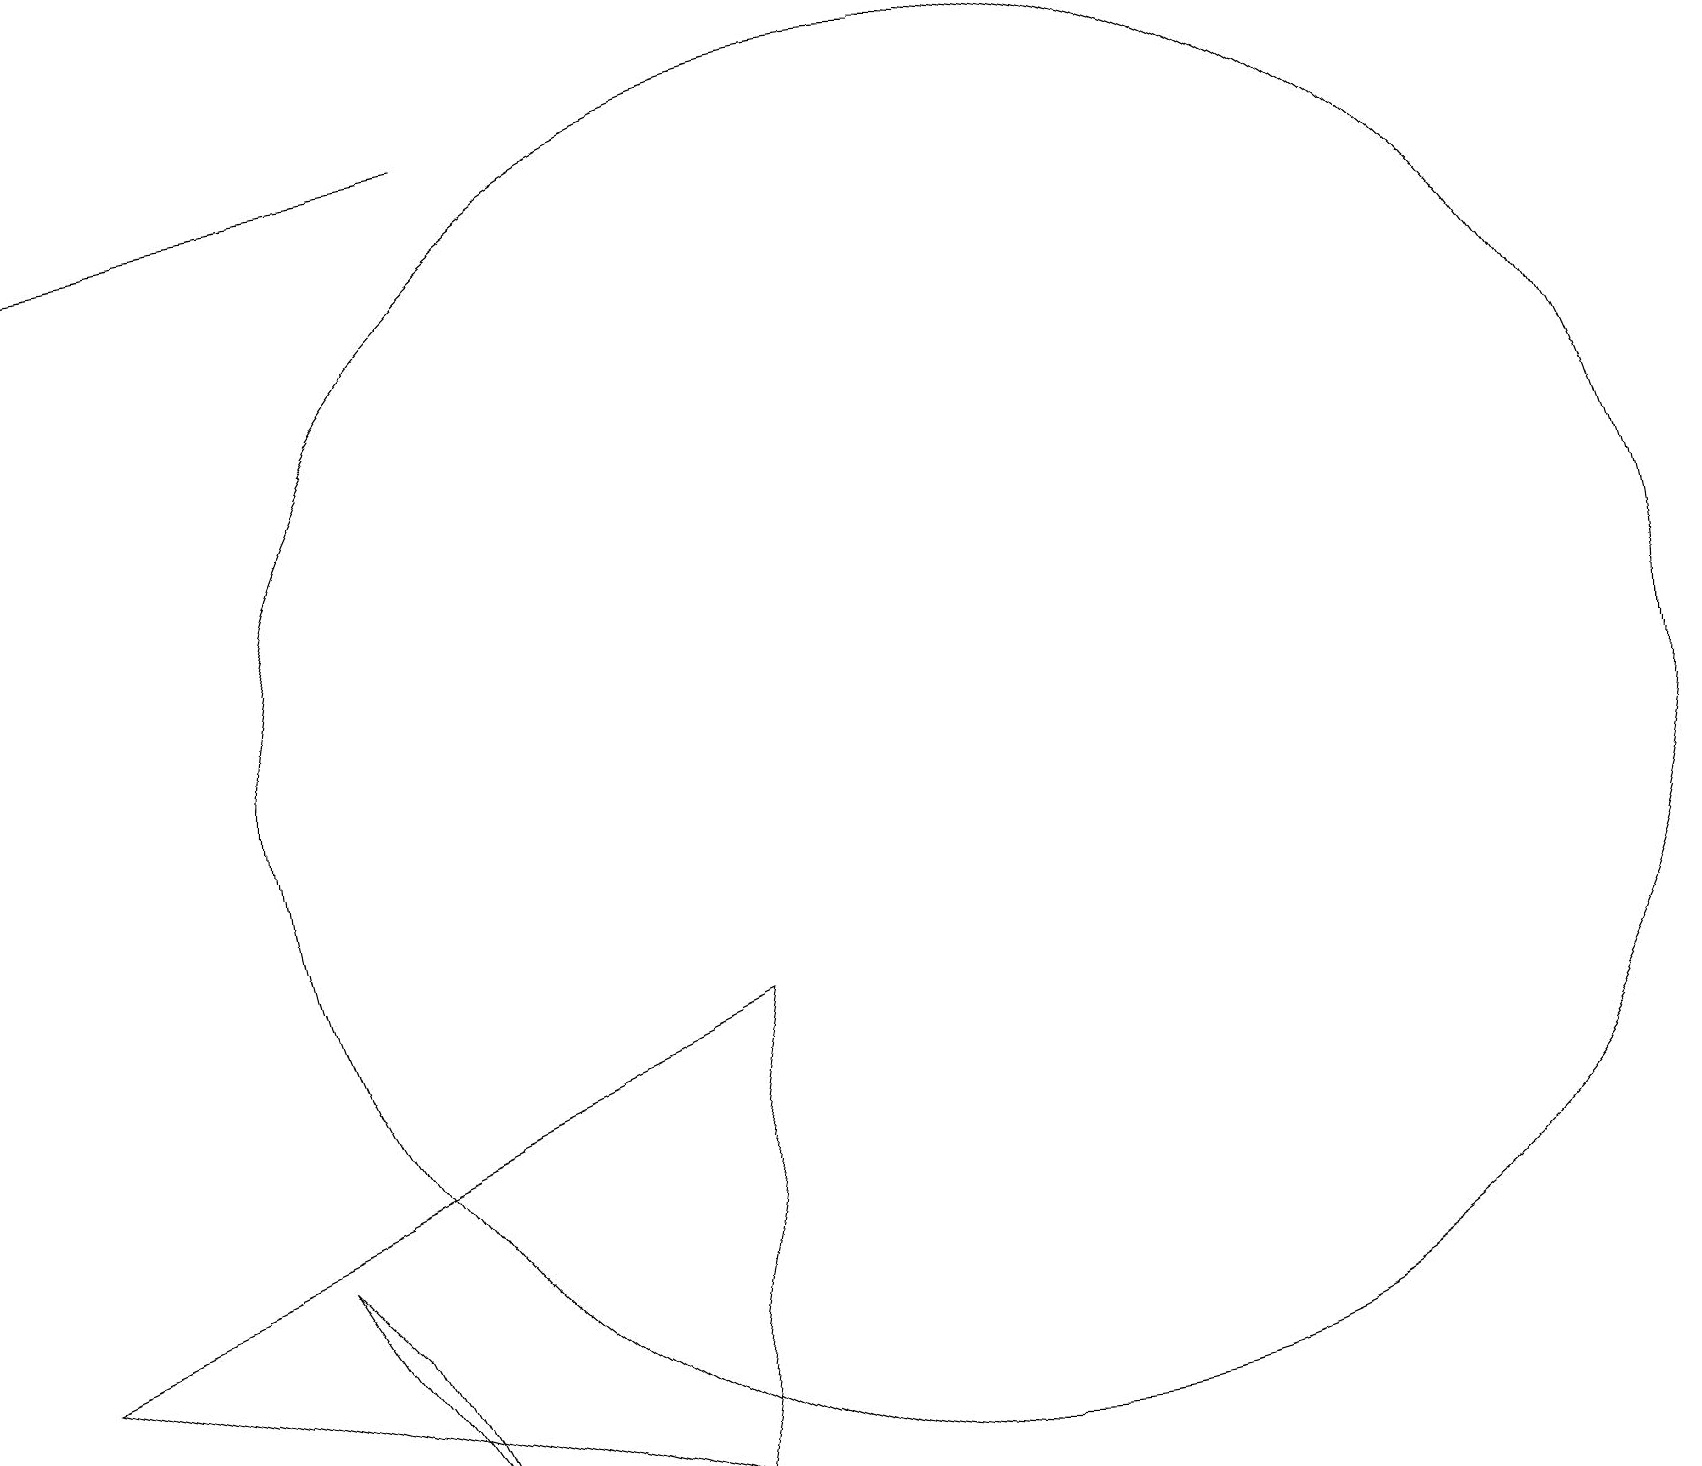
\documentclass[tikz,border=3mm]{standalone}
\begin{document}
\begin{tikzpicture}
\draw[->] (6,19) -- (0,18);
\draw (10,10) circle (0);
\draw (4,4) -- (3,5) -- (5,2) -- cycle;
\draw (9,8) -- (8,2) -- (0,4) -- cycle;
\draw (12,11) circle (9);
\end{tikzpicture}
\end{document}